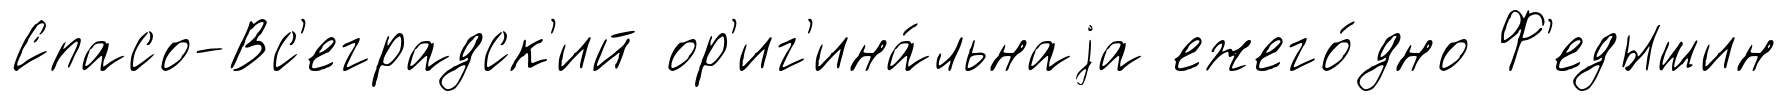
Спасо-Вс'еградск'ий ор'иг'ина́льнаjа ежего́дно Ф'едышин